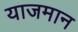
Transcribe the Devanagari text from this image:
याजमान